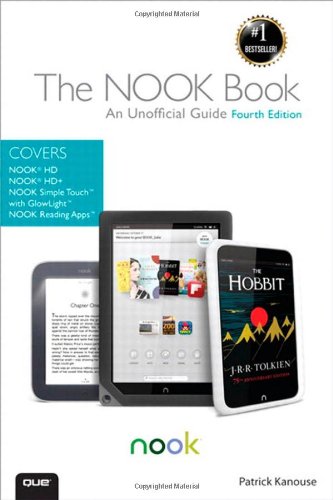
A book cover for The NOOK Book: An Unofficial Guide: Everything you need to know about the NOOK HD, NOOK HD+, NOOK SimpleTouch, and NOOK Reading Apps (4th Edition); Patrick Kanouse; Computers & Technology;